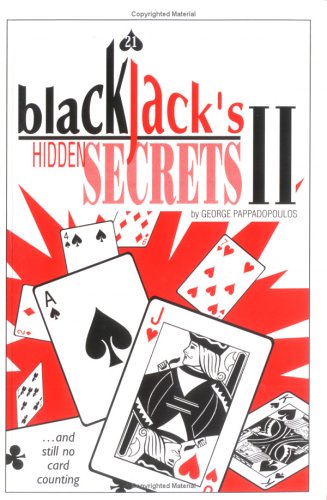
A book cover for Blackjack's Hidden Secrets II; George Pappadopoulos; Humor & Entertainment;